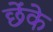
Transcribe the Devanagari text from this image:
छेंके